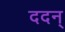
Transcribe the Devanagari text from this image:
ददन्